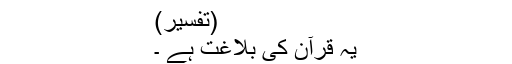
(تفسیر)
یہ قرآن کی بلاغت ہے ۔